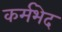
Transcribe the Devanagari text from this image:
कर्मभेद